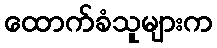
ထောက်ခံသူများက